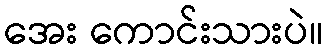
အေး ကောင်းသားပဲ။